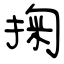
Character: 掬